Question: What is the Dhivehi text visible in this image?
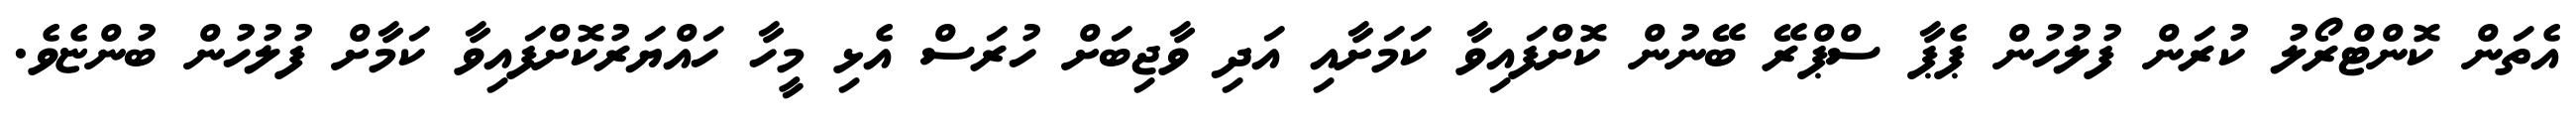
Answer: އެތަން ކޮންޓްރޯލު ކުރަން ފުލުހުން ޕެޕާ ސްޕްރޭ ބޭނުން ކޮށްފައިވާ ކަމަށާއި އަދި ވާޖިބަށް ހުރަސް އެޅި މީހާ ހައްޔަރުކޮށްފައިވާ ކަމާށް ފުލުހުން ބުންޏެވެ.